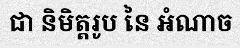
ជា និមិត្តរូប នៃ អំណាច